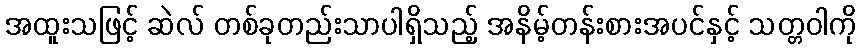
အထူးသဖြင့် ဆဲလ် တစ်ခုတည်းသာပါရှိသည့် အနိမ့်တန်းစားအပင်နှင့် သတ္တဝါကို